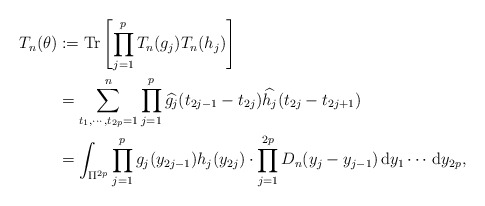
\begin{align*}T_{n}(\theta)&:=\mathrm{Tr}\left[\prod_{j=1}^pT_n(g_{j})T_n(h_{j})\right]\\&=\sum_{t_{1},\cdots,t_{2p}=1}^n\prod_{j=1}^p\widehat{g_{j}}(t_{2j-1}-t_{2j})\widehat{h_{j}}(t_{2j}-t_{2j+1})\\&=\int_{\Pi^{2p}}\prod_{j=1}^{p}g_{j}(y_{2j-1})h_{j}(y_{2j})\cdot\prod_{j=1}^{2p}D_{n}(y_{j}-y_{j-1})\,\mathrm{d}y_{1}\cdots\,\mathrm{d}y_{2p},\end{align*}